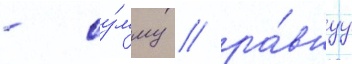
- су́мму / ра́внуу